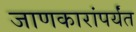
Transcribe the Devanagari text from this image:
जाणकारांपर्यंत